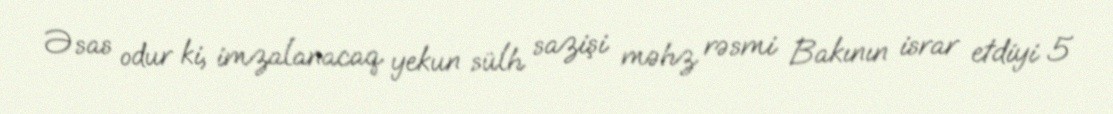
Əsas odur ki, imzalanacaq yekun sülh sazişi məhz rəsmi Bakının israr etdiyi 5